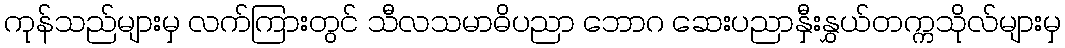
ကုန်သည်များမှ လက်ကြားတွင် သီလသမာဓိပညာ ဘောဂ ဆေးပညာနှီးနွှယ်တက္ကသိုလ်များမှ